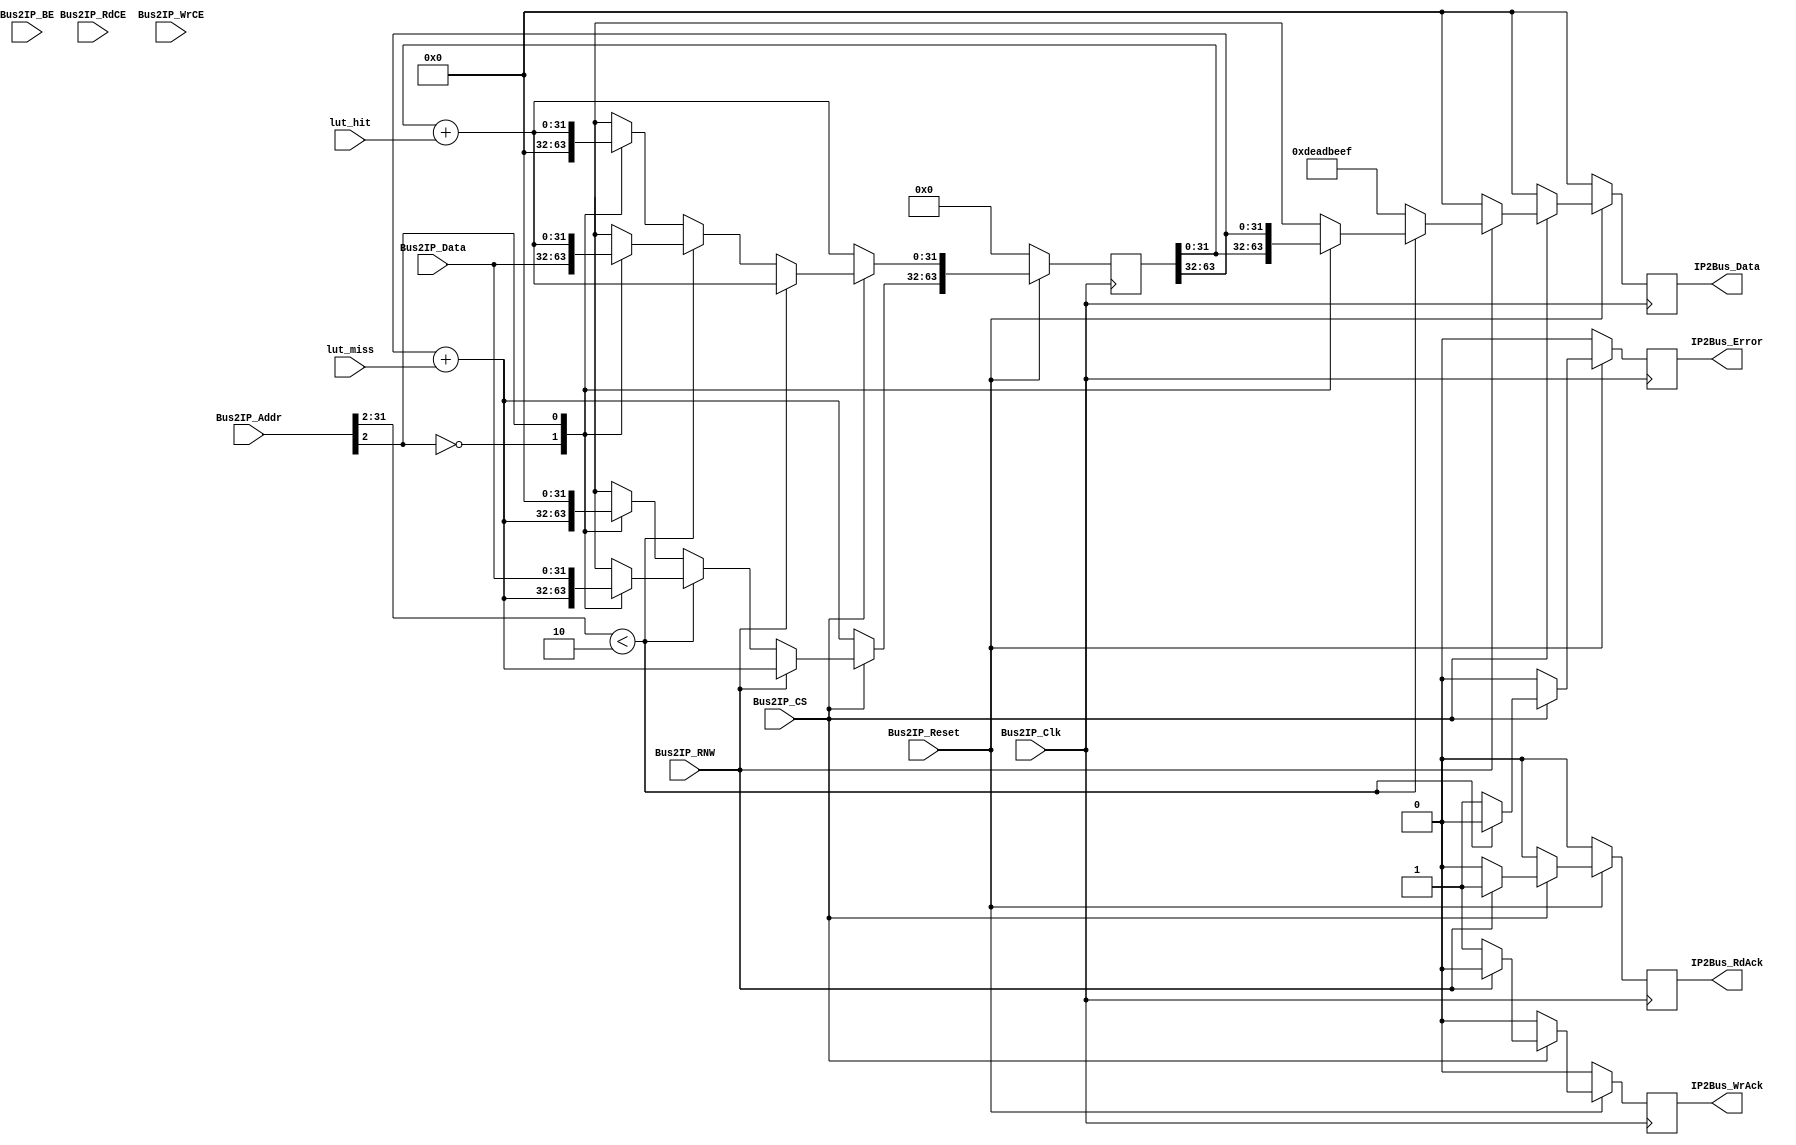
/*******************************************************************************
 *
 *  NetFPGA-10G http://www.netfpga.org
 *
 *  File:
 *        register_manager.v
 *
 *  Library:
 *        hw/std/pcores/nf10_switch_output_port_lookup_v1_10_a
 *
 *  Module:
 *        register_manager
 *
 *  Author:
 *        Gianni Antichi
 *
 *  Description:
 *        Register handler.
 *
 *  Copyright notice:
 *        Copyright (C) 2010, 2011 The Board of Trustees of The Leland Stanford
 *                                 Junior University
 *
 *  Licence:
 *        This file is part of the NetFPGA 10G development base package.
 *
 *        This file is free code: you can redistribute it and/or modify it under
 *        the terms of the GNU Lesser General Public License version 2.1 as
 *        published by the Free Software Foundation.
 *
 *        This package is distributed in the hope that it will be useful, but
 *        WITHOUT ANY WARRANTY; without even the implied warranty of
 *        MERCHANTABILITY or FITNESS FOR A PARTICULAR PURPOSE.  See the GNU
 *        Lesser General Public License for more details.
 *
 *        You should have received a copy of the GNU Lesser General Public
 *        License along with the NetFPGA source package.  If not, see
 *        http://www.gnu.org/licenses/.
 *
 */
`define REG_END(addr_num)               32*((addr_num)+1)-1
`define REG_START(addr_num)             32*(addr_num)


module register_manager
#(
	// IPIF settings
	parameter C_S_IPIF_DATA_WIDTH = 32,
	parameter C_S_IPIF_ADDR_WIDTH = 32,
	parameter C_S_IPIF_CS_WIDTH = 1,
	parameter C_S_IPIF_RdCE_WIDTH = 1,
	parameter C_S_IPIF_WrCE_WIDTH = 1
)
(
	// IPIF signals
	input					Bus2IP_Clk,
	input					Bus2IP_Reset,
	input [C_S_IPIF_ADDR_WIDTH-1:0]		Bus2IP_Addr,
	input					Bus2IP_RNW,
	input [(C_S_IPIF_DATA_WIDTH/8)-1:0] 	Bus2IP_BE,
	input [C_S_IPIF_CS_WIDTH-1:0]		Bus2IP_CS,
	input [C_S_IPIF_RdCE_WIDTH-1:0]		Bus2IP_RdCE,
	input [C_S_IPIF_WrCE_WIDTH-1:0]		Bus2IP_WrCE,
	input [C_S_IPIF_DATA_WIDTH-1:0]		Bus2IP_Data,
	output reg [C_S_IPIF_DATA_WIDTH-1:0]	IP2Bus_Data,
	output reg				IP2Bus_WrAck,
	output reg				IP2Bus_RdAck,
	output reg				IP2Bus_Error,

	// Signals from Datapath
        input         				lut_miss,
        input          				lut_hit
);


   	function integer log2;
      		input integer number;
      		begin
         		log2=0;
         		while(2**log2<number) begin
            			log2=log2+1;
         		end
      		end
   	endfunction // log2

   
   	localparam NUM_REGS_USED = 2;
   	localparam REG_ADDR_WIDTH_USED = log2(NUM_REGS_USED);
        localparam LUT_NUM_HITS = 0;
        localparam LUT_NUM_MISSES = 1;


   	wire [C_S_IPIF_DATA_WIDTH-1:0]      reg_file [0:NUM_REGS_USED-1];
   	reg  [C_S_IPIF_DATA_WIDTH-1:0]      reg_file_next [0:NUM_REGS_USED-1];

	reg  [NUM_REGS_USED*C_S_IPIF_DATA_WIDTH-1:0]   reg_file_linear;
        wire [NUM_REGS_USED*C_S_IPIF_DATA_WIDTH-1:0]   reg_file_linear_next;

	wire [C_S_IPIF_DATA_WIDTH-1:0]      reg_file_selected;

   	wire                                addr_good;



	wire [C_S_IPIF_DATA_WIDTH-1:0]      num_hits;
  	wire [C_S_IPIF_DATA_WIDTH-1:0]      num_misses;

	reg                                 reg_wrack_out_next;
        reg                                 reg_rdack_out_next;
        reg [C_S_IPIF_DATA_WIDTH-1:0]       reg_data_out_next;
	reg				    reg_error_next;


	assign num_hits = reg_file[LUT_NUM_HITS];
        assign num_misses = reg_file[LUT_NUM_MISSES];
	assign addr_good = (Bus2IP_Addr[C_S_IPIF_ADDR_WIDTH-1:2]<NUM_REGS_USED);
	assign reg_file_selected = reg_file[Bus2IP_Addr[C_S_IPIF_ADDR_WIDTH-1:2]];


	/* select the correct words from the registers */
	generate
	genvar j;
	for(j=0; j<NUM_REGS_USED; j=j+1) begin:linear_reg
		assign reg_file_linear_next[`REG_END(j):`REG_START(j)] = reg_file_next[j];
      		assign reg_file[j] = reg_file_linear[`REG_END(j):`REG_START(j)];
   	end
   	endgenerate


	always @(*) begin
		reg_file_next[LUT_NUM_HITS]   = num_hits + lut_hit;
      		reg_file_next[LUT_NUM_MISSES] = num_misses + lut_miss;
		reg_wrack_out_next = 0;
                reg_rdack_out_next = 0;
      		reg_data_out_next = 0;
		reg_error_next = 0;
		if(Bus2IP_CS) begin
			if(!Bus2IP_RNW) begin
		        	if(addr_good) begin
                                        reg_file_next[Bus2IP_Addr[C_S_IPIF_ADDR_WIDTH-1:2]] = Bus2IP_Data;
                                        reg_wrack_out_next = 1;
				end
				else begin
					reg_file_next[Bus2IP_Addr[C_S_IPIF_ADDR_WIDTH-1:2]] = 0;
                                        reg_wrack_out_next = 1;
					reg_error_next = 1;
				end
			end
			else begin
				if(addr_good) begin
                                        reg_data_out_next = reg_file_selected;
                                        reg_rdack_out_next = 1;

                                end
				else begin
					reg_data_out_next = 32'hdeadbeef;
                                        reg_rdack_out_next = 1;
					reg_error_next = 1;
				end
			end
		end
	end
		
   always @(posedge Bus2IP_Clk) begin
      if(~Bus2IP_Reset) begin
      	IP2Bus_Data <= 0;
        IP2Bus_WrAck <= 0;
        IP2Bus_RdAck <= 0;
        IP2Bus_Error <= 0;
	// zero out the registers being used
        reg_file_linear <= {(C_S_IPIF_DATA_WIDTH*NUM_REGS_USED){1'b0}};
      end
      else begin
	IP2Bus_Data <= reg_data_out_next;
        IP2Bus_WrAck <= reg_wrack_out_next;
        IP2Bus_RdAck <= reg_rdack_out_next;
        IP2Bus_Error <= reg_error_next;
	
	reg_file_linear <= reg_file_linear_next;
      end
    end

endmodule